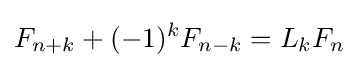
F_{n+k}+(-1)^{k}F_{n-k}=L_{k}F_{n}